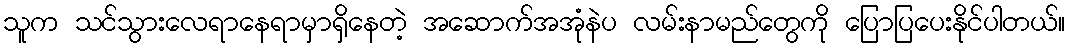
သူက သင်သွားလေရာနေရာမှာရှိနေတဲ့ အဆောက်အအုံနဲပ လမ်းနာမည်တွေကို ပြောပြပေးနိုင်ပါတယ်။